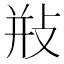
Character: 𢼩